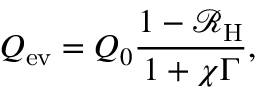
Q _ { \mathrm { e v } } = Q _ { 0 } \frac { 1 - \mathcal { R } _ { \mathrm { H } } } { 1 + \chi \Gamma } ,